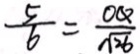
\frac { 5 } { 6 } = \frac { O Q } { \sqrt { 2 6 } }